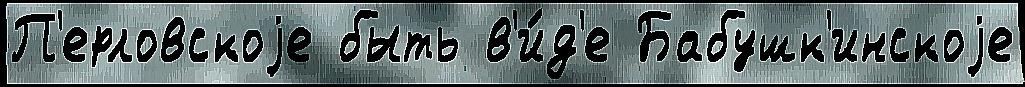
П'ерловскоjе быть в'и́д'е Бабушк'инскоjе